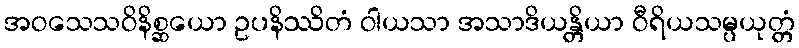
အဝသေသဝိနိစ္ဆယော ဥပနိဿိတံ ဝါယသာ အသာဒိယန္တိယာ ဝီရိယသမ္ပယုတ္တံ